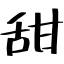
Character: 甜